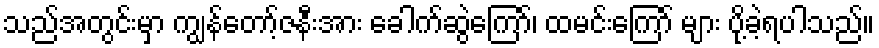
သည်အတွင်းမှာ ကျွန်တော့်ဇနီးအား ခေါက်ဆွဲကြော်၊ ထမင်းကြော် များ ပို့ခဲ့ရပါသည်။